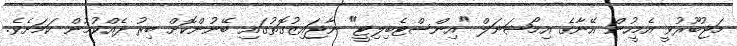
މަޖުބޫރުވީ އެމީހުން އޭނާގެ އިމޯޝަނަލް "އިންސްޓެބިލިޓީ" ނާޖައިޒުގޮތުގައި ބޭނުންކޮށް ބިރު ދެއްކުމުން ކަމަށެވެ.